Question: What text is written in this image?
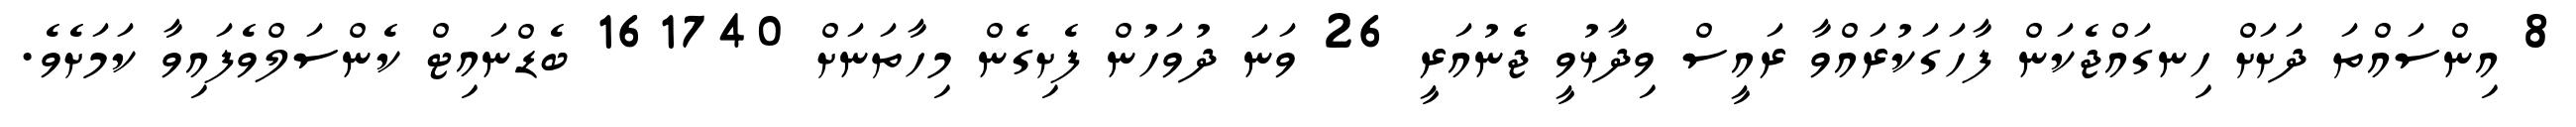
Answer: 8 އިންސައްތަ ދަށަށް ހިނގައްޖެކަން ފާހަގަކުރައްވާ ރައީސް ވިދާޅުވީ ޖެނުއަރީ 26 ވަނަ ދުވަހުން ފެށިގެން މިހާތަނަށް 161740 ބެޑްނައިޓް ކެންސަލްވެފައިވާ ކަމަށެވެ.